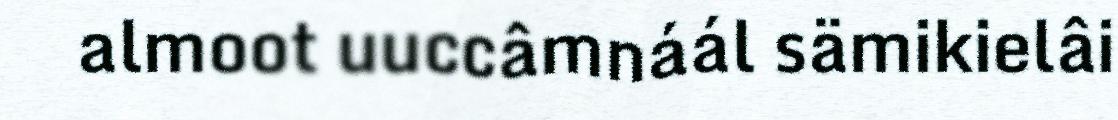
almoot uuccâmnáál sämikielâi